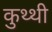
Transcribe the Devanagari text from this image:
कुथ्थी